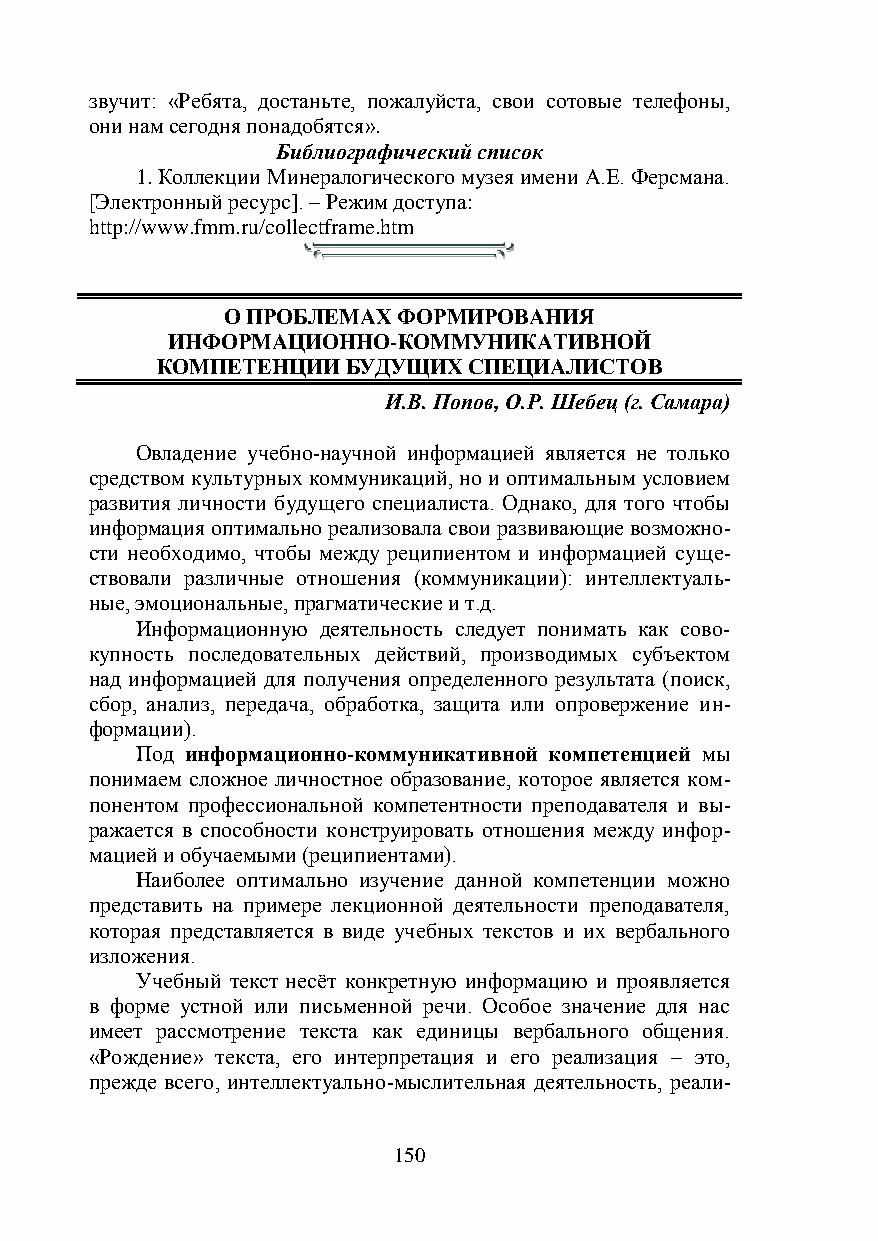
звучит: «Ребята, достаньте, пожалуйста, свои сотовые телефоны,
 они нам сегодня понадобятся».
 Библиографический список
 1. Коллекции Минералогического музея имени А.Е. Ферсмана.
 [Электронный ресурс]. – Режим доступа:
 http://www.fmm.ru/collectframe.htm
 О ПРОБЛЕМАХ ФОРМИРОВАНИЯ
 ИНФОРМАЦИОННО-КОММУНИКАТИВНОЙ
 КОМПЕТЕНЦИИ  БУДУЩИХ СПЕЦИАЛИСТОВ
 И.В. Попов, О.Р. Шебец (г. Самара)
 Овладение учебно-научной информацией является не только
 средством культурных коммуникаций, но и оптимальным условием
 развития личности будущего специалиста. Однако, для того чтобы
 информация оптимально реализовала свои развивающие возможно-
 сти необходимо, чтобы между реципиентом и информацией суще-
 ствовали различные отношения (коммуникации): интеллектуаль-
 ные, эмоциональные, прагматические и т.д.
 Информационную деятельность следует понимать как сово-
 купность последовательных действий, производимых субъектом
 над информацией для получения определенного результата (поиск,
 сбор, анализ, передача, обработка, защита или опровержение ин-
 формации).
 Под информационно-коммуникативной компетенцией мы
 понимаем сложное личностное образование, которое является ком-
 понентом профессиональной компетентности преподавателя и вы-
 ражается в способности конструировать отношения между инфор-
 мацией и обучаемыми (реципиентами).
 Наиболее оптимально изучение данной компетенции можно
 представить на примере лекционной деятельности преподавателя,
 которая представляется в виде учебных текстов и их вербального
 изложения.
 Учебный текст несёт конкретную информацию и проявляется
 в форме устной или письменной речи. Особое значение для нас
 имеет рассмотрение текста как единицы вербального общения.
 «Рождение» текста, его интерпретация и его реализация – это,
 прежде всего, интеллектуально-мыслительная деятельность, реали-
 150